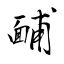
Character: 䩉